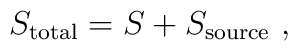
S_{\rm total}=S+S_{\rm source}~,